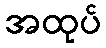
အထုပ်